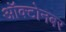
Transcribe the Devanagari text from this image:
ऑक्टोनबर